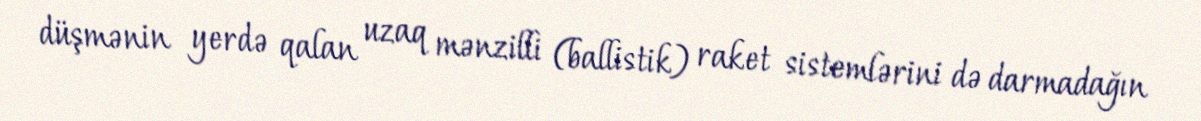
düşmənin yerdə qalan uzaq mənzilli (ballistik) raket sistemlərini də darmadağın